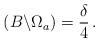
LaTeX: \begin{align*}\,(B\backslash \Omega_a)= \frac{\delta}{4}\,. \end{align*}